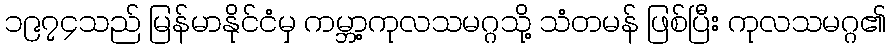
၁၉၇၄သည် မြန်မာနိုင်ငံမှ ကမ္ဘာ့ကုလသမဂ္ဂသို့ သံတမန် ဖြစ်ပြီး ကုလသမဂ္ဂ၏